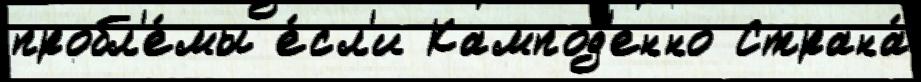
пробл'е́мы е́сл'и Кампод'енно Страна́